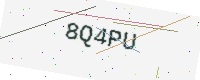
Text: 8Q4PU